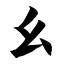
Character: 幺